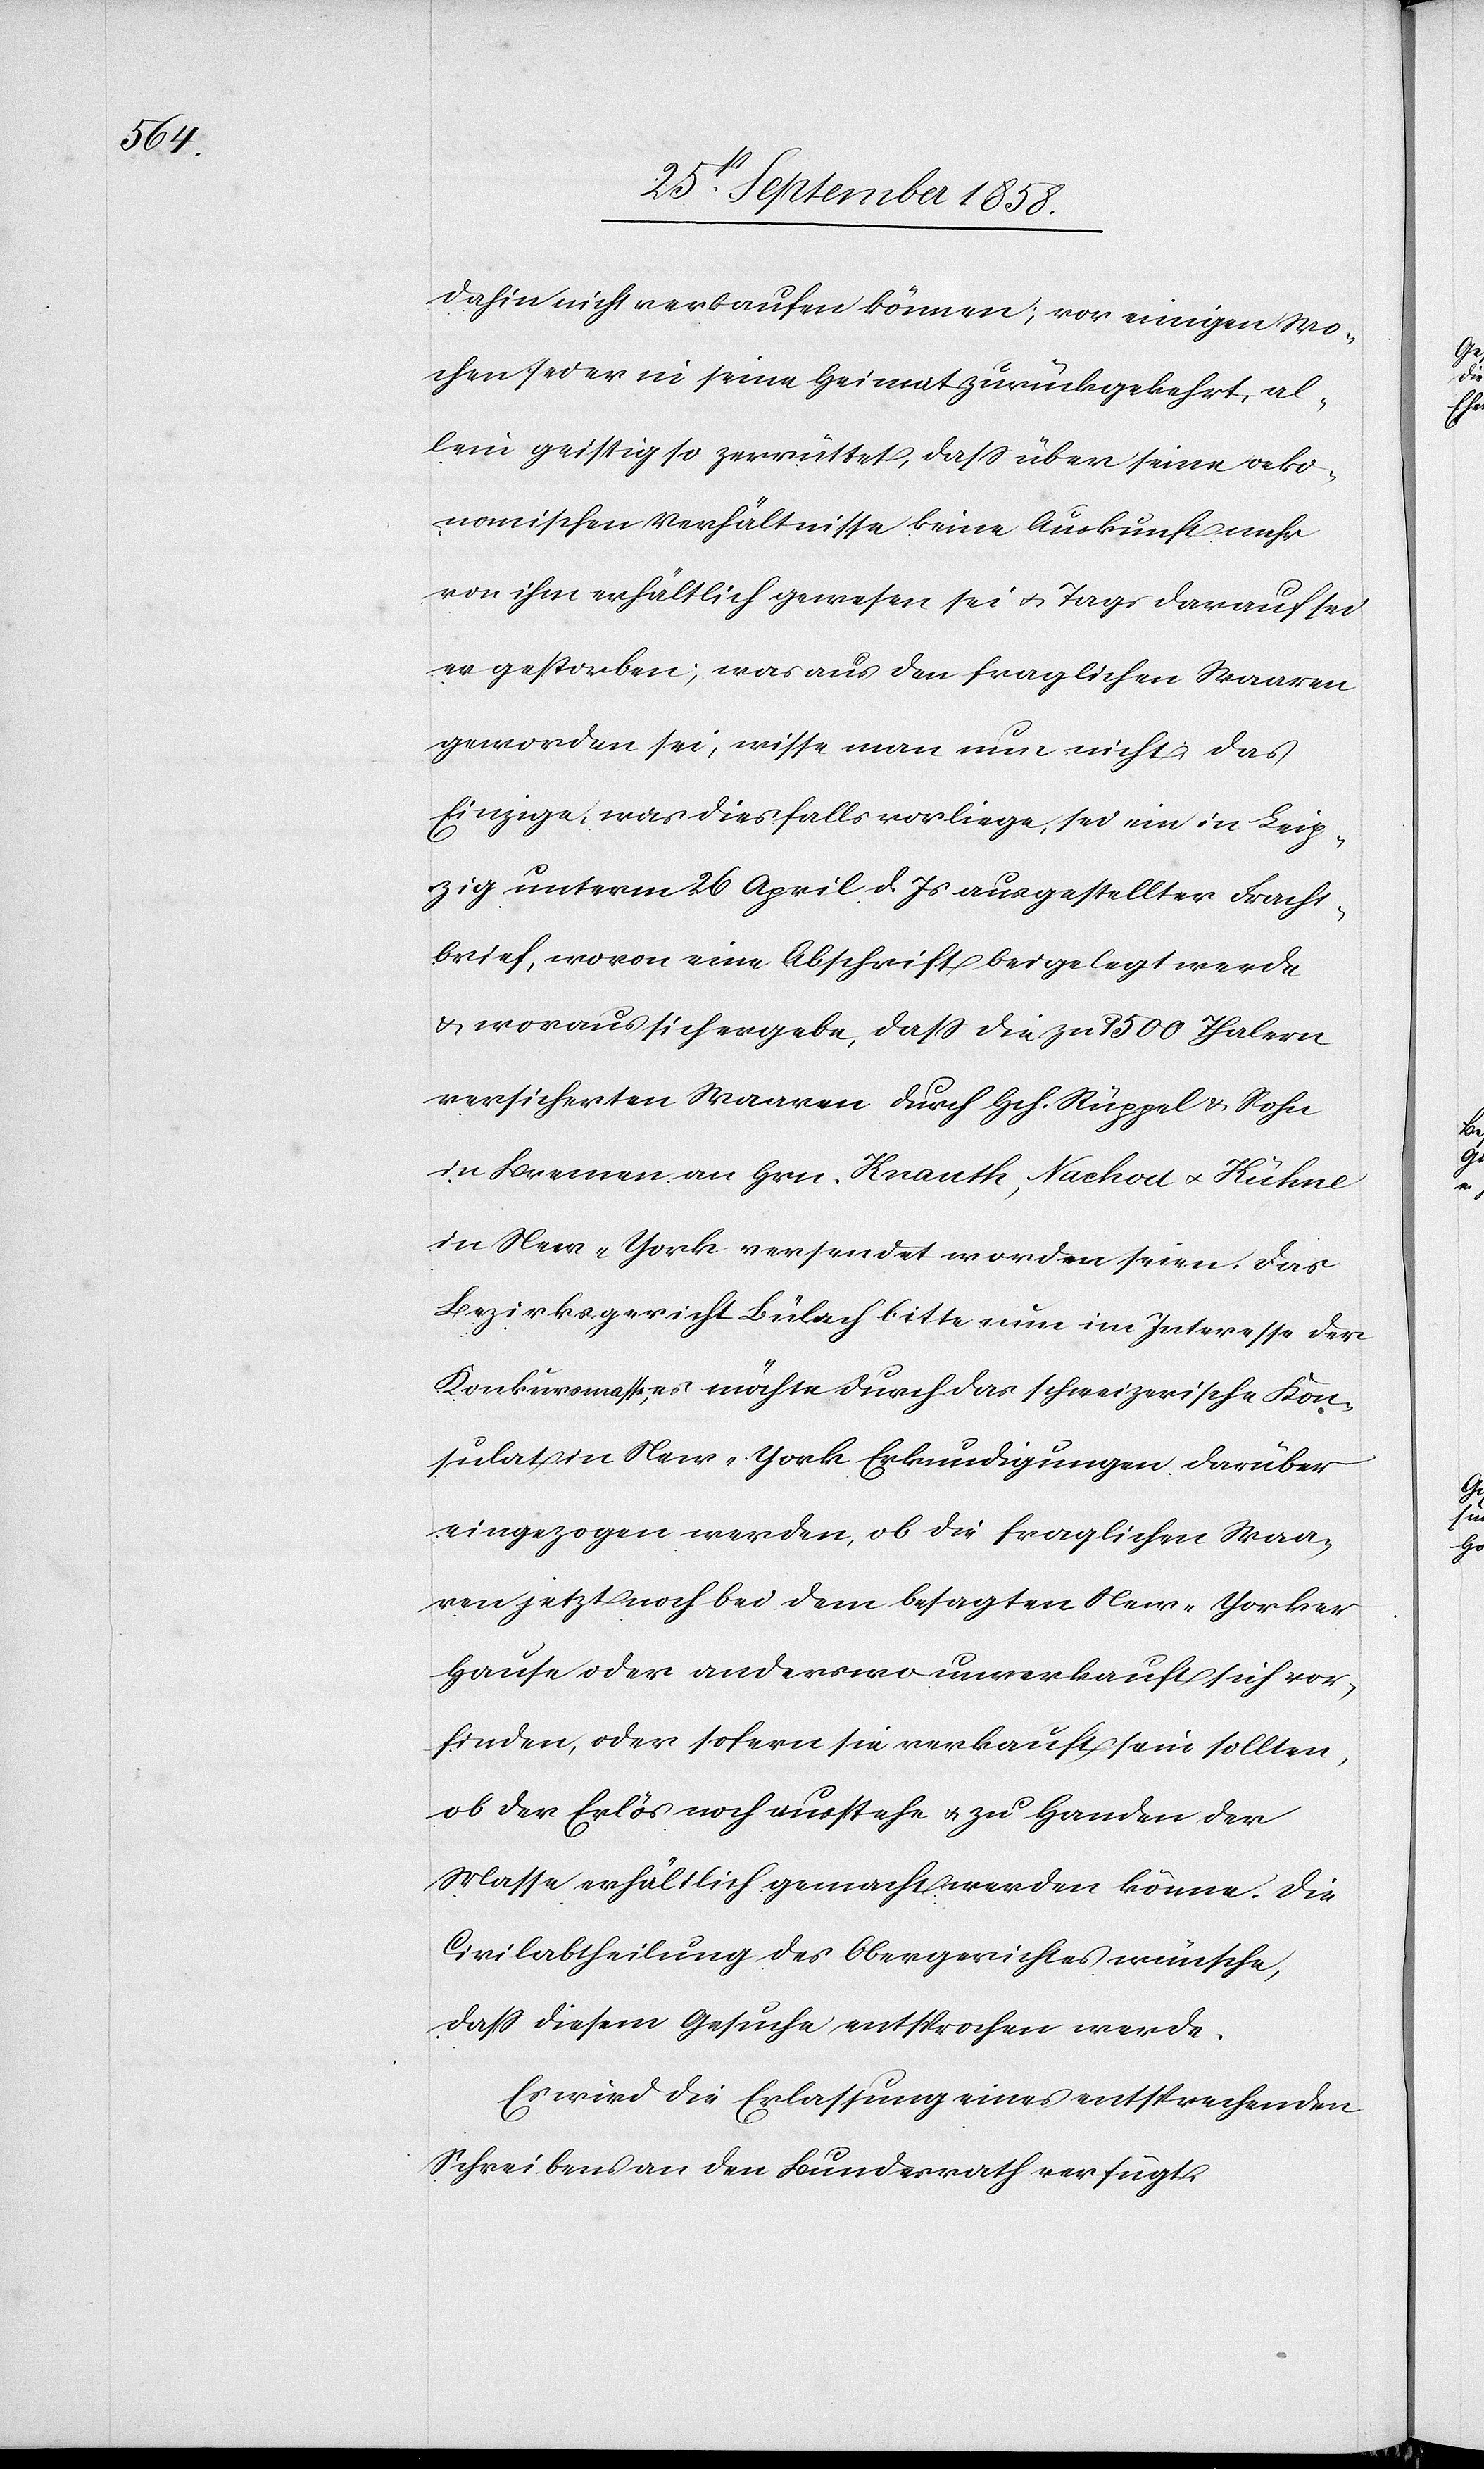
dahin nicht verkaufen können; vor einigen Wo¬
chen sei er in seine Heimat zurückgekehrt, al¬
lein geistig so zerrüttet, dass über seine oeko¬
nomischen Verhältnisse keine Auskunft mehr
von ihm erhältlich gewesen sei & Tags darauf sei
er gestorben; was aus den fraglichen Waaren
geworden sei, wisse man nun nicht & das
Einzige, was diesfalls vorliege, sei ein in Leip¬
zig unterm 26 April d. Js ausgestellter Fracht¬
brief, wovon eine Abschrift beigelegt werde
& woraus sich ergebe, dass die zu 1500 Thalern
versicherten Waaren durch Hch. Rüppel & Sohn
in Bremen an Hrn. Knauth, Nachod & Kühne
in New-York versendet worden seien. Das
Bezirksgericht Bülach bitte nun im Interesse der
Konkursmasse, es möchte[n] durch das schweizerische Kon¬
sulat in New-York Erkundigungen darüber
eingezogen werden, ob die fraglichen Waa¬
ren jetzt noch bei dem besagten New-Yorker
Hause oder anderswo unverkauft sich vor¬
finden, oder sofern sie verkauft sein sollten,
ob der Erlös noch ausstehe & zu Handen der
Masse erhältlich gemacht werden könne. Die
Civilabtheilung des Obergerichtes wünsche,
dass diesem Gesuche entsprochen werde.
Es wird die Erlassung eines entsprechenden
Schreibens an den Bundesrath verfügt.